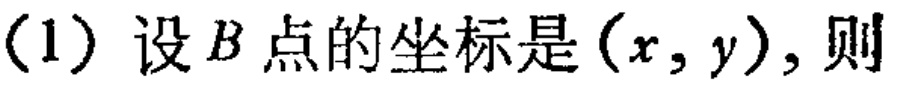
（1）设\(B\)点的坐标是\((x,y)\)，则